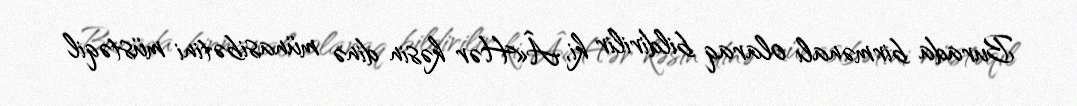
Burada birmənalı olaraq bildirilir ki, Â«Hər kəsin dinə münasibətini müstəqil